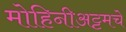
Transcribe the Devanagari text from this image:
मोहिनीअट्टमचे